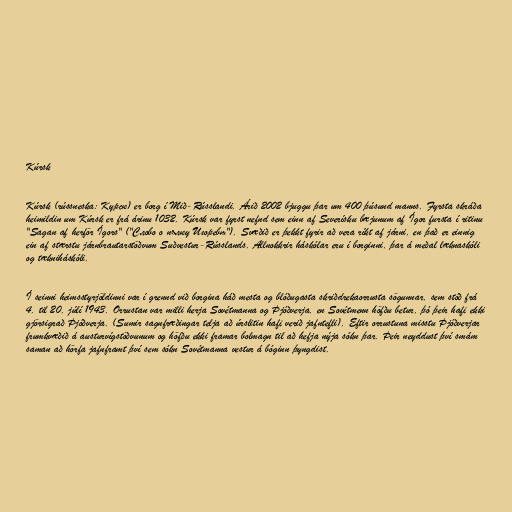
Kúrsk

Kúrsk (rússneska: Курск) er borg í Mið-Rússlandi. Árið 2002 bjuggu þar um 400 þúsund manns. Fyrsta skráða
heimildin um Kúrsk er frá árinu 1032. Kúrsk var fyrst nefnd sem einn af Severísku bæjunum af Ígor fursta í ritinu
"Sagan af herför Ígors" ("Слово о пълку Игоревѣ"). Svæðið er þekkt fyrir að vera ríkt af járni, en það er einnig
ein af stærstu járnbrautarstöðvum Suðvestur-Rússlands. Allnokkrir háskólar eru í borginni, þar á meðal læknaskóli
og tækniháskóli.

Í seinni heimsstyrjöldinni var í grennd við borgina háð mesta og blóðugasta skriðdrekaorrusta sögunnar, sem stóð frá
4. til 20. júlí 1943. Orrustan var milli herja Sovétmanna og Þjóðverja, en Sovétmenn höfðu betur, þó þeir hafi ekki
gjörsigrað Þjóðverja. (Sumir sagnfræðingar telja að úrslitin hafi verið jafntefli). Eftir orrustuna misstu Þjóðverjar
frumkvæðið á austurvígstöðvunum og höfðu ekki framar bolmagn til að hefja nýja sókn þar. Þeir neyddust því smám
saman að hörfa jafnframt því sem sókn Sovétmanna vestur á bóginn þyngdist.